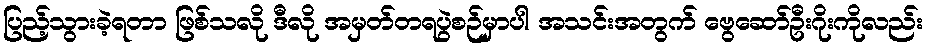
ပြည့်သွားခဲ့ရတာ ဖြစ်သလို ဒီလို အမှတ်တရပွဲစဉ်မှာပါ အသင်းအတွက် ဗွေဆော်ဦးဂိုးကိုလည်း